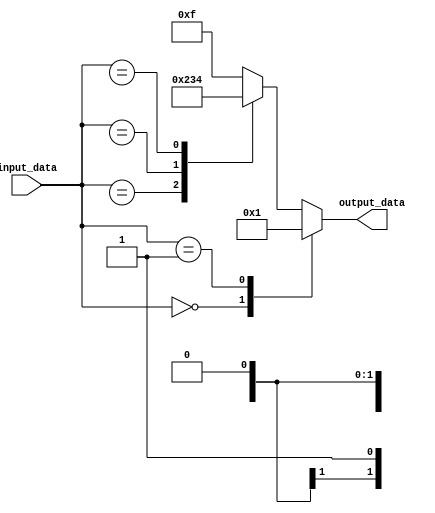
module DontCareCaseStatement (
    input wire [2:0] input_data,
    output reg [3:0] output_data
);

always @(*) begin
    case (input_data)
        3'b000: output_data = 4'b0000;
        3'b001: output_data = 4'b0001;
        3'b0x0: output_data = 4'b0010; // Don't care case
        3'b0x1: output_data = 4'b0011; // Don't care case
        3'b1x0: output_data = 4'b0100; // Don't care case
        default: output_data = 4'b1111;
    endcase
end

endmodule